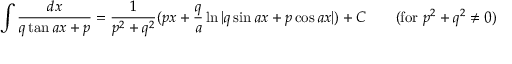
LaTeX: \int { \frac { d x } { q \tan a x + p } } = { \frac { 1 } { p ^ { 2 } + q ^ { 2 } } } ( p x + { \frac { q } { a } } \ln | q \sin a x + p \cos a x | ) + C \qquad { \mathrm { ( f o r ~ } } p ^ { 2 } + q ^ { 2 } \neq 0 { \mathrm { ) } }